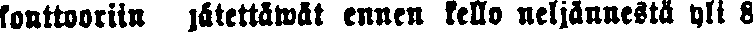
konttooriin jätettäwät ennen kello neljännesta yli 8